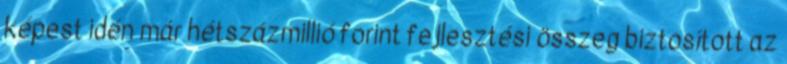
képest idén már hétszázmillió forint fejlesztési összeg biztosított az